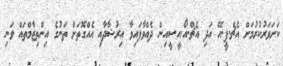
ކަށަވަރުކުރުމަށް އެޗް.ޕީ.އޭ އަދި އެޗް.އޯ.އީ.ސީއިން ދެއްވާފައިވާ އިރުޝާދާއި އެއްގޮތަށް ތަނުގެ އިންތިޒާމްތައް ވަނި